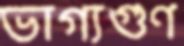
ভাগ্যগুণ